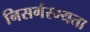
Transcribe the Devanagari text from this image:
निसर्गरम्यता